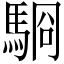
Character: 䮐